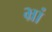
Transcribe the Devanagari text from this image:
भ्रां